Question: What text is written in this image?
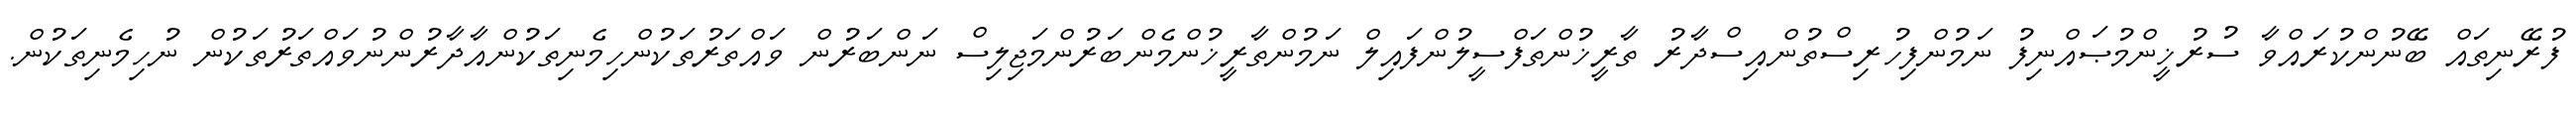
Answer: ފުރޭނިތައް ބޭނުންކުރައްވާ ސުރުޚީންމުޞައްނިފު ނަމުންފިހުރިސްތުންއިސްދާރު ތާރީޚުންތަފްސީލުންފައިލް ނަމުންތާރީޚުންމެންބަރުންމަޖިލިސް ނަންބަރުން ވައްތަރުތަކުންހިމެނިތަކުންއާދާރުންނުވައްތަރުތަކުން ނުހިމެނިތަކުން.